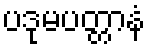
ပဒုမပတ္တာနံ